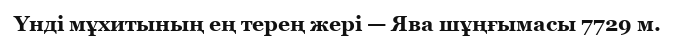
Үнді мұхитының ең терең жері — Ява шұңғымасы 7729 м.